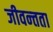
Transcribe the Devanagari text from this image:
जीवन्‍तता